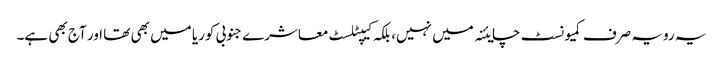
یہ رویہ صرف کمیونسٹ چایئنہ میں نہیں، بلکہ کیپٹلسٹ معاشرے جنوبی کوریا میں بھی تھا اور آج بھی ہے۔